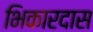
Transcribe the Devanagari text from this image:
भिकारदास